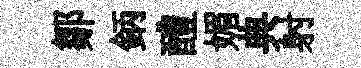
鄒鈵醴媚典射